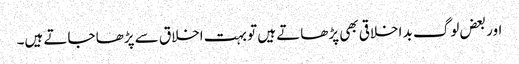
اور بعض لوگ بد اخلاقی بھی پڑھاتے ہیں تو بہت اخلاق سے پڑھا جاتے ہیں۔